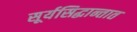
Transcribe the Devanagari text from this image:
सूर्यसिद्धान्तात